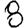
Digit: 8